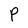
Character: P